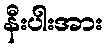
နီးပါးအား